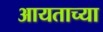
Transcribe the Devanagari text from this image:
आयताच्या